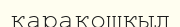
қарақошкыл